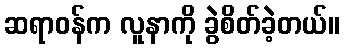
ဆရာဝန်က လူနာကို ခွဲစိတ်ခဲ့တယ်။